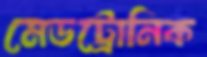
মেডট্রোনিক